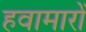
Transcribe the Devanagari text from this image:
हवामारों